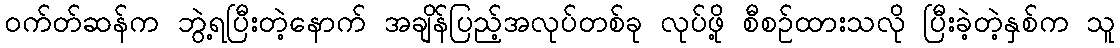
ဝက်တ်ဆန်က ဘွဲ့ရပြီးတဲ့နောက် အချိန်ပြည့်အလုပ်တစ်ခု လုပ်ဖို့ စီစဉ်ထားသလို ပြီးခဲ့တဲ့နှစ်က သူ